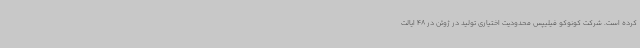
کرده است. شرکت کونوکو فیلیپس محدودیت اختیاری تولید در ژوئن در 48 ایالت